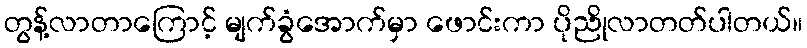
တွန့်လာတာကြောင့် မျက်ခွံအောက်မှာ ဖောင်းကာ ပိုညိုလာတတ်ပါတယ်။